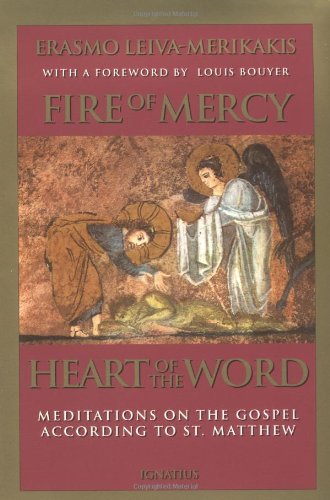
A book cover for Fire of Mercy, Heart of the Word: Meditations on the Gospel According to Saint Matthew: Vol. 1; Erasmo Leiva-Merikakis; Christian Books & Bibles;